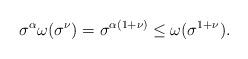
LaTeX: \begin{align*}\sigma^{\alpha}\omega(\sigma^{\nu})=\sigma^{\alpha(1+\nu)}\leq\omega(\sigma^{1+\nu}).\end{align*}